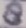
Text: 8